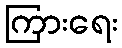
ကြားရေး